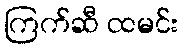
ကြက်ဆီ ထမင်း